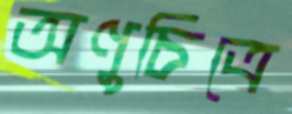
অণুচিত্রে